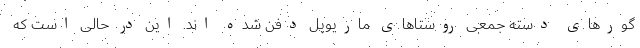
گورهای دسته جمعی روستاهای ماریوپل دفن شده اند. این در حالی است که